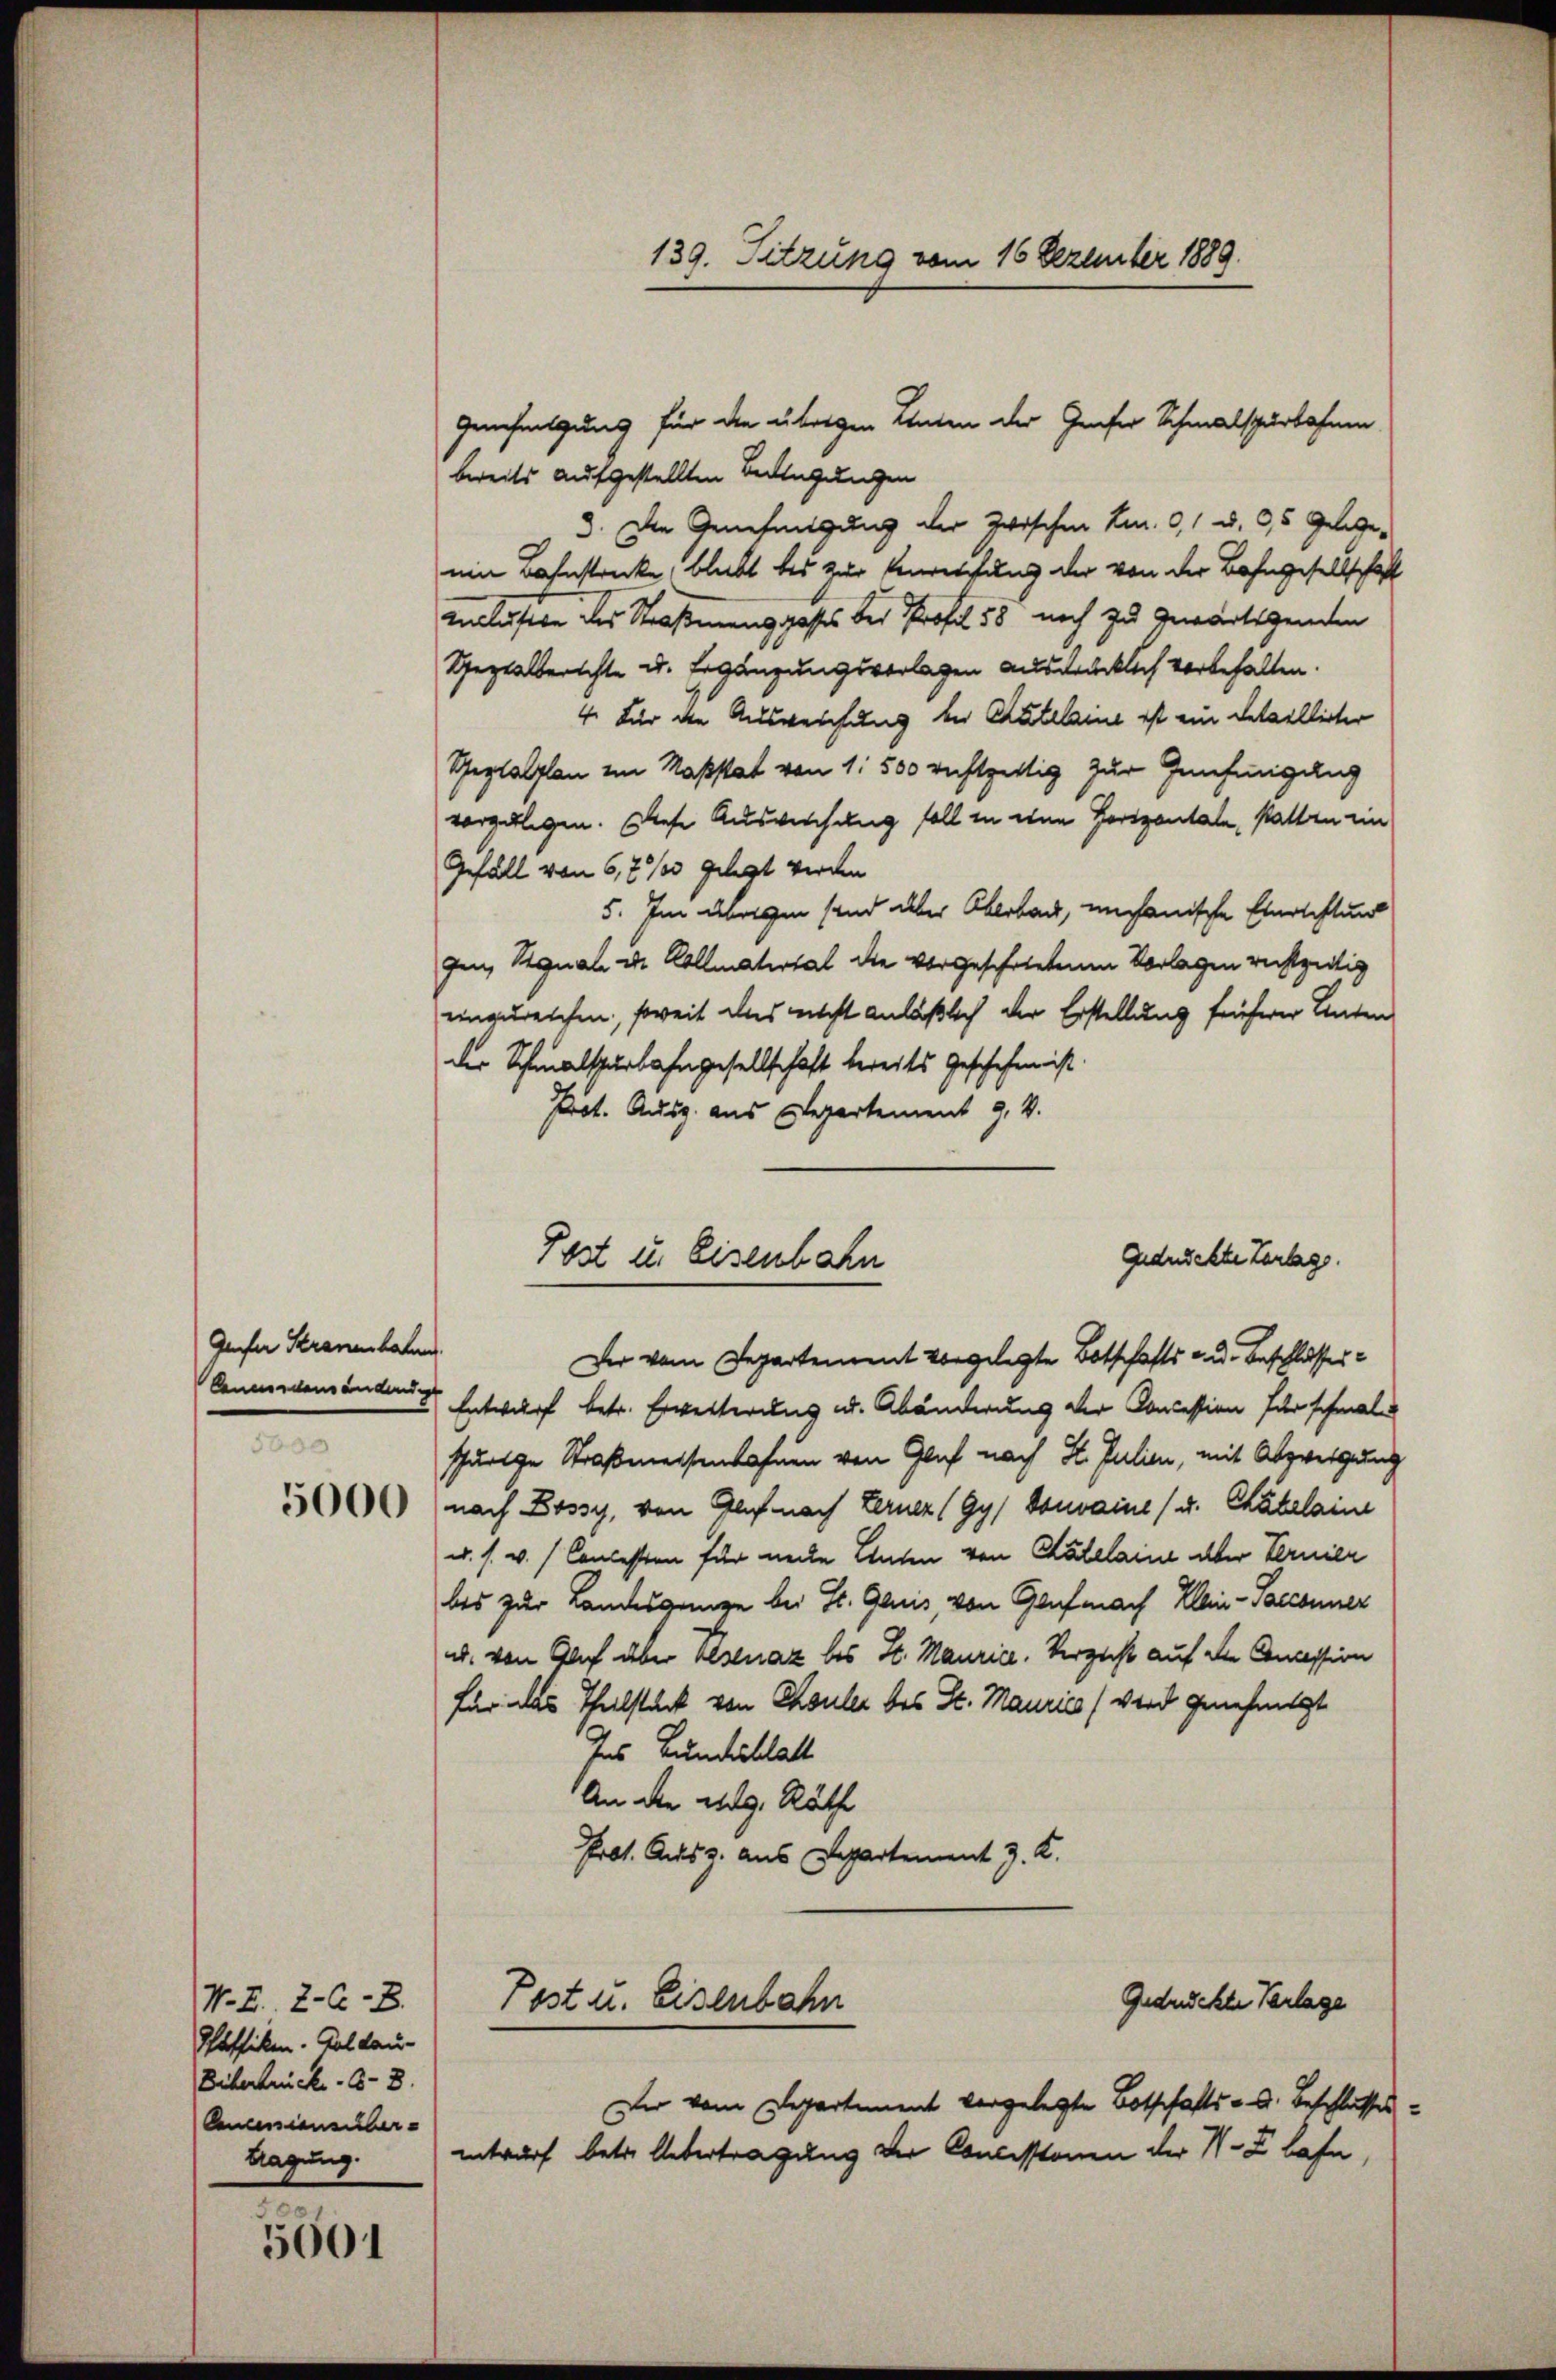
Genfer Stranenbahn.
5000

5000

5601

N. Z. 2-C-B.
Pfaffiken. Goldau-
Biberbrück. - 8.
Anciensüber
Magung.

Genehmigung für die übrigen Landen der Genfer Schmalspurbahnen
bereits aufgestellten Bedingungen
3. Die Genehmigung der zwischen S. 91 u. 3,5 Gelege-
ein Bahnstrecke, bleibt bis zur Verreichung der von der Bahngesellschaft
inclusion des Straßenung gestes der Profil 58 noch zu gewärtigenden
Spezialberichte u. Ergänzungsverlagen ausdrücklich vorbehalten.
4. Für die Ausweichung bei Catelaine ist ein Detaillirter
Geplalplan im Maßstat von 1. 500 rechtfertig zur Genehmigung
vorgelegen. Diese Auswirchung soll in eine Horizontale, statten ein
Gefäll von 6,7% gelegt werden
5. Im übrigen sind aber Oberbach, mechanische Einrichtung
gen, Signale der Kollmaterial die vorgeschriebenen Vorlagen rechtzeitig
einzureichen, soweit das nicht anläßlich der Erstellung früherer Unter
der Schmalspurbahngesellschaft bereits Geschehen ist.
Prot. Ausg. aus Departement 9. v.
Der vom Departement vorgelegte Botschafts au. Beschlusser¬
Connendensenden Entwurf betr. Erweiterung u. Abänderung der Concession für schmal
spurige Straßmeisenbahnen von Glaf nach H. Julian, mit Abzweigung
nach Bossy, von Glif nach Lerner (Gy) Vonvaine (u. Chatelaine
u. s. w. / Concession für neue Unten von Chatelaine aber Fernier
bis zur Landesgange bei St. Gauis, von Genf mach Klein-Sacconner
ud. von Glich über Eisenaz des St. Maurice. Verzicht auf die Concession
für das Theilstück von Chouler des St. Maurics (wird genehmigt
ses Bundesblatt
An die eg. Räthe
Prot. Ausz. aus Departement J. K.
Gedrückte Verlage
Post u. Eisenbahn
Der vom Departement vorgelegte Botschafts - u. Beschlusses.
entwurf betr. Uebertragung der Concisstonen der N. Zlafen,

Post u. Eisenbahn

139. Sitzung vom 16 Dezember 1889.

Gedrückte Verlag.